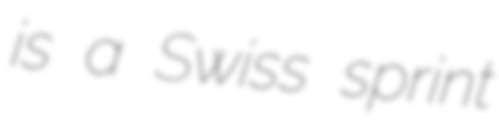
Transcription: is a Swiss sprint